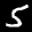
Label: 5